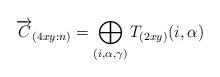
LaTeX: \begin{align*}\overrightarrow{C}_{(4xy:n)}=\bigoplus_{(i,\alpha,\gamma)}T_{(2xy)}(i,\alpha)\end{align*}